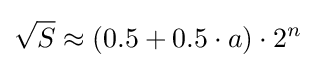
{\sqrt {S}}\approx (0.5+0.5\cdot a)\cdot 2^{n}